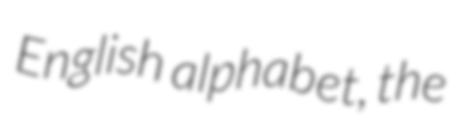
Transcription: English alphabet, the